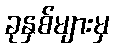
ခုနှစ်များမှ